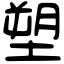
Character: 塑